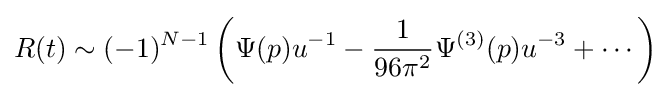
R(t)\sim (-1)^{N-1}\left(\Psi (p)u^{-1}-{\frac {1}{96\pi ^{2}}}\Psi ^{(3)}(p)u^{-3}+\cdots \right)